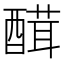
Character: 䤊